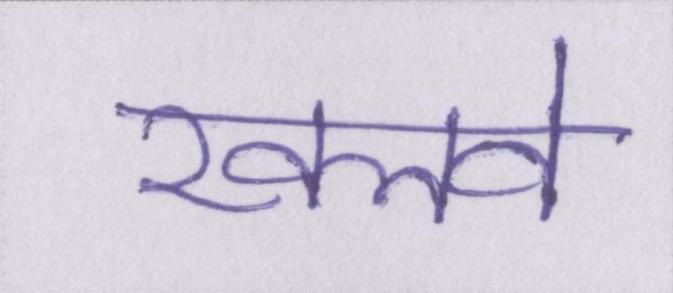
खलवे